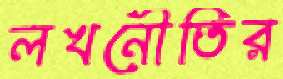
লখনৌতির